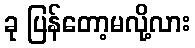
ခု ပြန်တော့မလို့လား